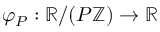
\varphi _ { P } : \mathbb { R } / ( P \mathbb { Z } ) \to \mathbb { R }